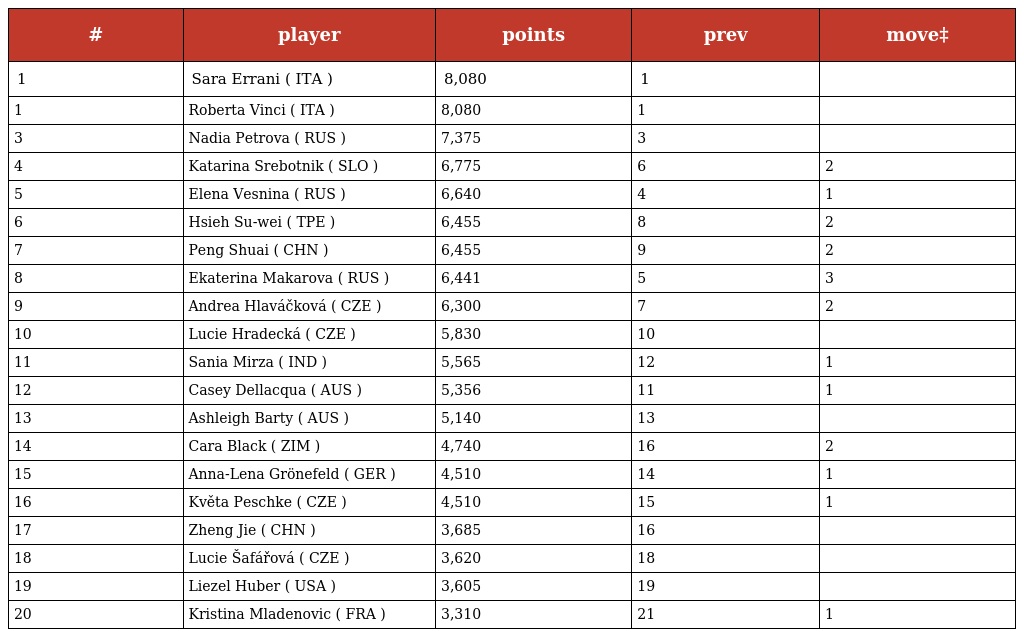
| # | player | points | prev | move‡ |
 | --- | --- | --- | --- | --- |
 | 1 | Sara Errani ( ITA ) | 8,080 | 1 |  |
 | 1 | Roberta Vinci ( ITA ) | 8,080 | 1 |  |
 | 3 | Nadia Petrova ( RUS ) | 7,375 | 3 |  |
 | 4 | Katarina Srebotnik ( SLO ) | 6,775 | 6 | 2 |
 | 5 | Elena Vesnina ( RUS ) | 6,640 | 4 | 1 |
 | 6 | Hsieh Su-wei ( TPE ) | 6,455 | 8 | 2 |
 | 7 | Peng Shuai ( CHN ) | 6,455 | 9 | 2 |
 | 8 | Ekaterina Makarova ( RUS ) | 6,441 | 5 | 3 |
 | 9 | Andrea Hlaváčková ( CZE ) | 6,300 | 7 | 2 |
 | 10 | Lucie Hradecká ( CZE ) | 5,830 | 10 |  |
 | 11 | Sania Mirza ( IND ) | 5,565 | 12 | 1 |
 | 12 | Casey Dellacqua ( AUS ) | 5,356 | 11 | 1 |
 | 13 | Ashleigh Barty ( AUS ) | 5,140 | 13 |  |
 | 14 | Cara Black ( ZIM ) | 4,740 | 16 | 2 |
 | 15 | Anna-Lena Grönefeld ( GER ) | 4,510 | 14 | 1 |
 | 16 | Květa Peschke ( CZE ) | 4,510 | 15 | 1 |
 | 17 | Zheng Jie ( CHN ) | 3,685 | 16 |  |
 | 18 | Lucie Šafářová ( CZE ) | 3,620 | 18 |  |
 | 19 | Liezel Huber ( USA ) | 3,605 | 19 |  |
 | 20 | Kristina Mladenovic ( FRA ) | 3,310 | 21 | 1 |